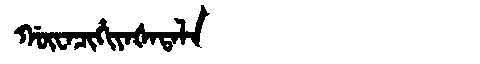
Manchu: ᡤᡡᠸᠠᠴᡳᡥᡳᠶᠠᡧᠠᡨᠠᠯᠠ
Romanization: GŪWACIHIYAŠATALA